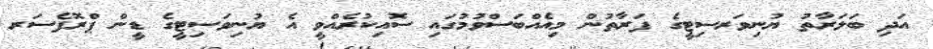
އަދި ބަލަރާތު ޔުނިވަރސިޓީގެ ފަރާތުން މިއެއްބަސްވުމުގައި ސޮއިކުރެއްވީ އެ ޔުނިވަސިޓީގެ ޑީން ޕްރޮފެސަރ